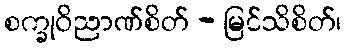
စက္ခုဝိညာဏ်စိတ် - မြင်သိစိတ်၊